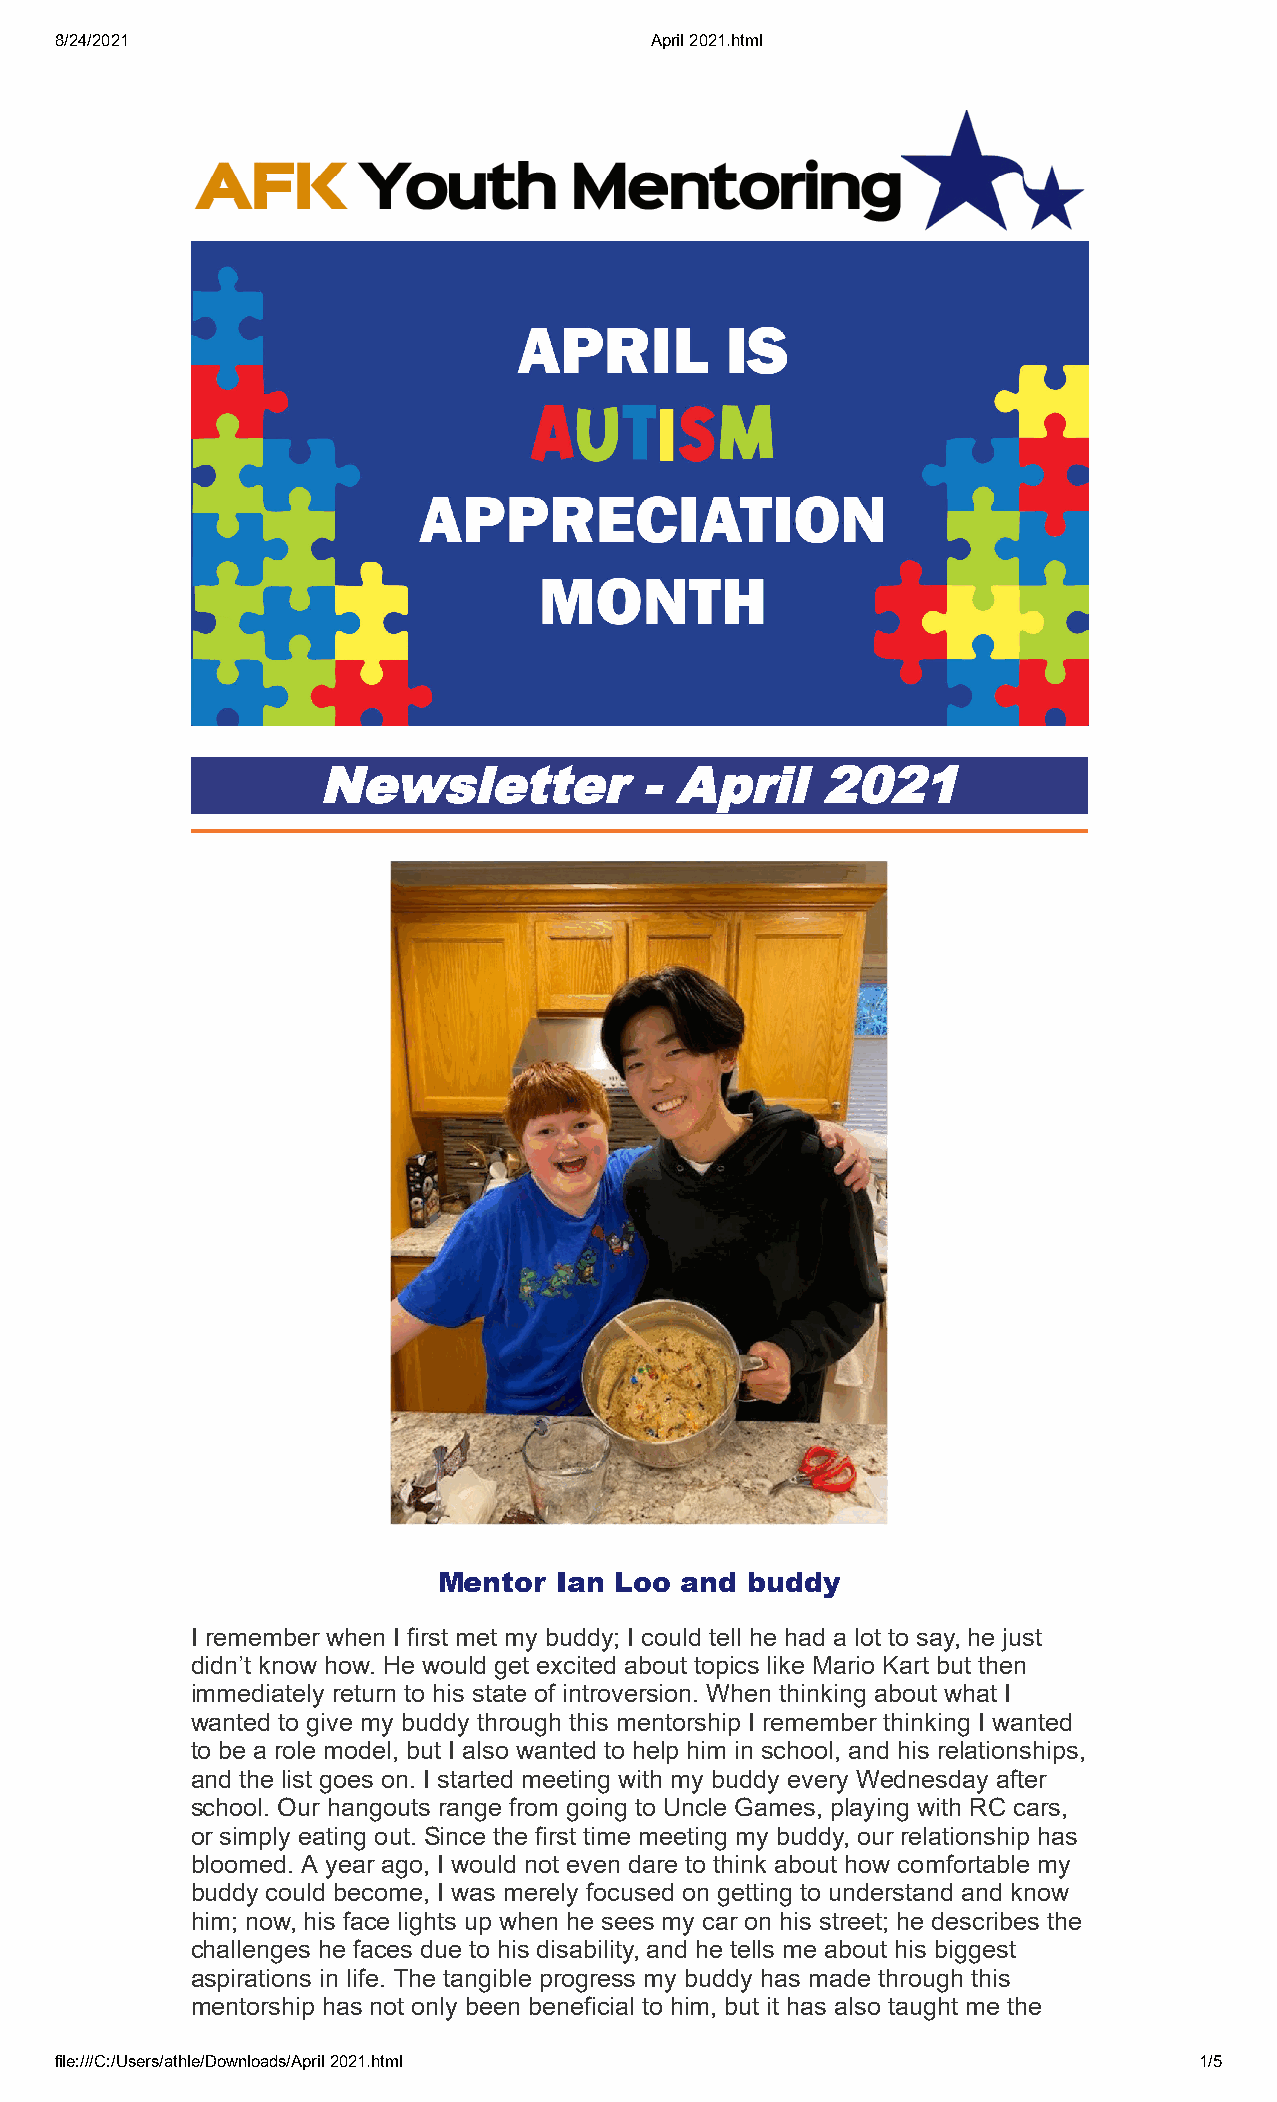
8/24/2021                              April 2021.html
 Newsletter           -  April    2021
 Mentor  Ian Loo and buddy
 I remember when I first met my buddy; I could tell he had a lot to say, he just
 didn’t know how. He would get excited about topics like Mario Kart but then
 immediately return to his state of introversion. When thinking about what I
 wanted to give my buddy through this mentorship I remember thinking I wanted
 to be a role model, but I also wanted to help him in school, and his relationships,
 and the list goes on. I started meeting with my buddy every Wednesday after
 school. Our hangouts range from going to Uncle Games, playing with RC cars,
 or simply eating out. Since the first time meeting my buddy, our relationship has
 bloomed. A year ago, I would not even dare to think about how comfortable my
 buddy could become, I was merely focused on getting to understand and know
 him; now, his face lights up when he sees my car on his street; he describes the
 challenges he faces due to his disability, and he tells me about his biggest
 aspirations in life. The tangible progress my buddy has made through this
 mentorship has not only been beneficial to him, but it has also taught me the
 file:///C:/Users/athle/Downloads/April 2021.html                           1/5